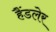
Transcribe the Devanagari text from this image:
हैंडलेर